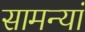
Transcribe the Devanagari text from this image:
सामन्यां